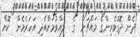
ދެން ދޮގުވެރިންގެ މައްޗަށް  ގެ  ލެއްވުމަށްއެދި އަހަރެމެން  ކޮށް